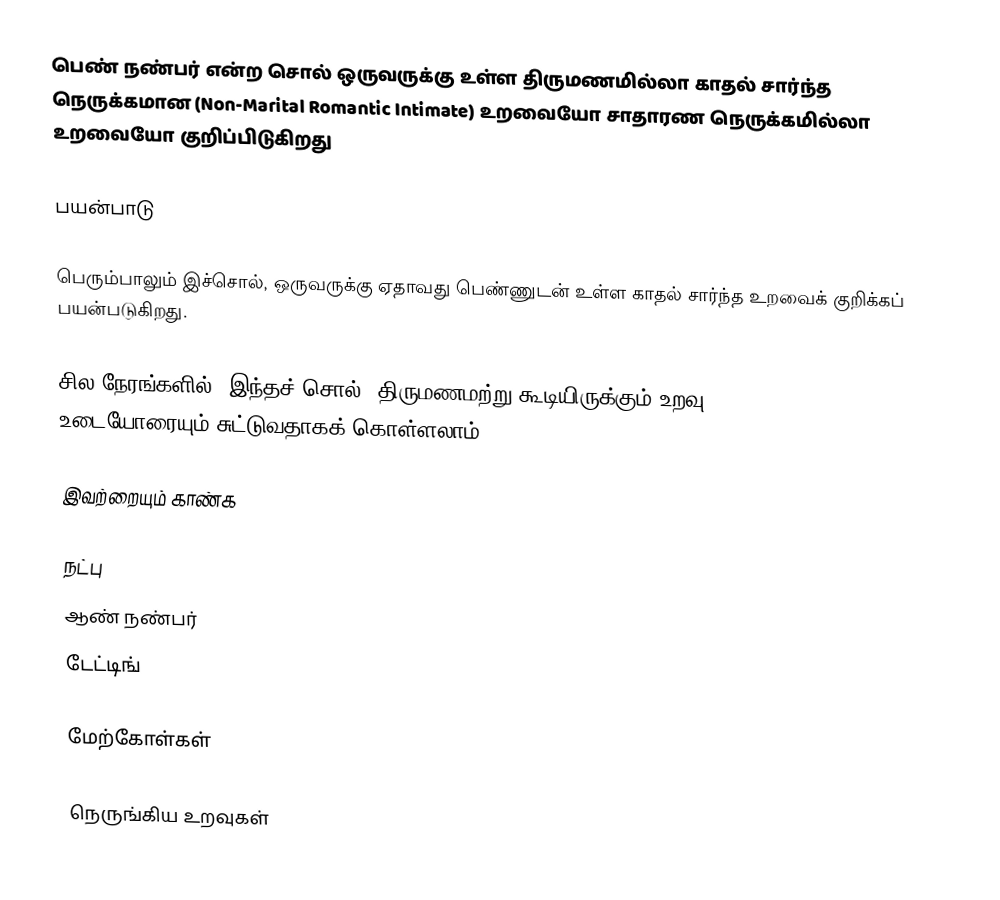
பெண் நண்பர் என்ற சொல் ஒருவருக்கு உள்ள திருமணமில்லா காதல் சார்ந்த நெருக்கமான (Non-Marital Romantic Intimate) உறவையோ சாதாரண நெருக்கமில்லா உறவையோ குறிப்பிடுகிறது

பயன்பாடு

பெரும்பாலும் இச்சொல், ஒருவருக்கு ஏதாவது பெண்ணுடன் உள்ள காதல் சார்ந்த உறவைக் குறிக்கப் பயன்படுகிறது.

சில நேரங்களில், இந்தச் சொல், திருமணமற்று கூடியிருக்கும் உறவு (Living Together) உடையோரையும் சுட்டுவதாகக் கொள்ளலாம்.

இவற்றையும் காண்க

 நட்பு
 ஆண் நண்பர்
 டேட்டிங்

மேற்கோள்கள்

நெருங்கிய உறவுகள்